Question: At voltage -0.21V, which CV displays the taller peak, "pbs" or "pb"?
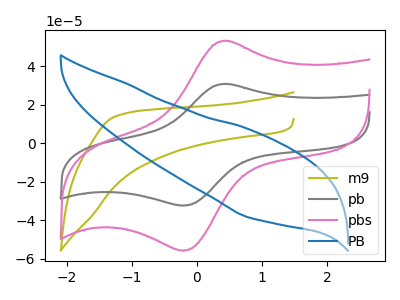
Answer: <think>The olive curve "m9" has no peaks. The gray curve "pb" has an anodic peak at (0.45V, 30.85uA) and a cathodic peak at (-0.20V, -32.35uA). The pink curve "pbs" has an anodic peak at (0.45V, 53.25uA) and a cathodic peak at (-0.20V, -55.80uA). The blue curve "PB" has no peaks.</think>
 <answer>The peak at -0.21V is higher in "pbs" than in "pb".</answer>
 <eval>higher</eval>